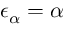
\epsilon _ { \alpha } = \alpha